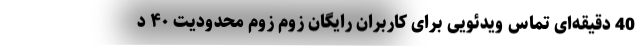
40 دقیقه‌ای تماس ویدئویی برای کاربران رایگان زوم زوم محدودیت ۴۰ د